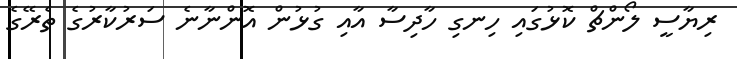
ރިޔާސީ ލޯންޗް ކޮޅުގައި ހިނގި ހާދިސާ އާއި ގުޅުން އޮންނާނެ ސަރުކާރުގެ ތެރޭގެ